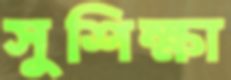
সুশিক্ষা